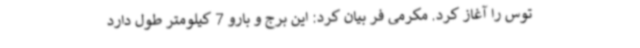
توس را آغاز کرد. مکرمی فر بیان کرد: این برج و بارو 7 کیلومتر طول دارد